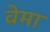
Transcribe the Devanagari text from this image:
वेमा